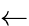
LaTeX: \xleftarrow{}